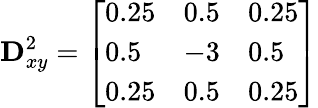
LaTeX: \mathbf{D}_{xy}^{2}={\left[\begin{array}{lll}{0.25}&{0.5}&{0.25}\\ {0.5}&{-3}&{0.5}\\ {0.25}&{0.5}&{0.25}\end{array}\right]}